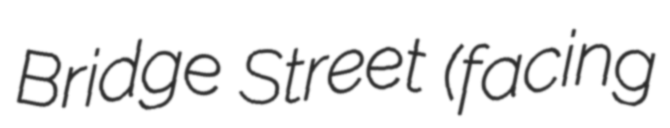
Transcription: Bridge Street (facing